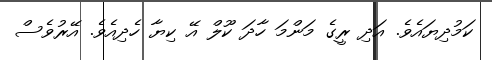
ކަމުދިޔައެވެ. އަދި ރީގެ މަންމަ ހާދަ ކޫލް އޭ ކިޔާ ހެދިއެވެ. އޭރުވެސް